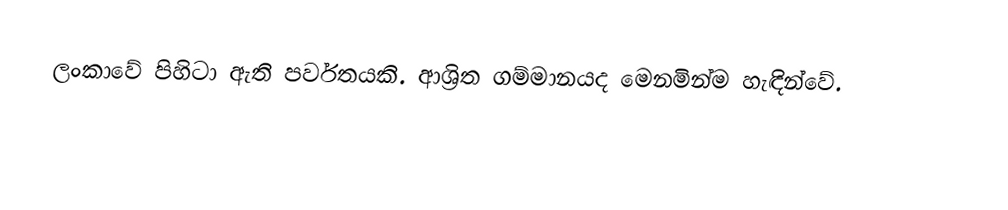
ලංකාවේ පිහිටා ඇති පර්වතයකි. ආශ්‍රිත ගම්මානයද මෙනමින්ම හැඳින්වේ.